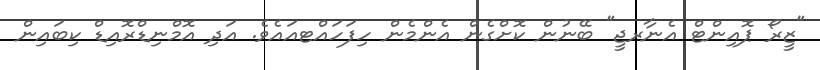
"ޒީރޯ ޕޮއިންޓް އެނާރޖީ" ބޭނުން ކޮށްގެން އެންމެން ހިފަހައްޓއައެވެ. އަދި އޮމްނިޑްރޮއިޑް ކިބައިން